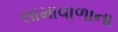
સામાવાળાના